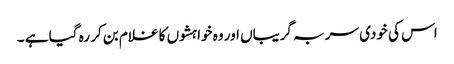
اس کی خودی سر بہ گریباں اور وہ خواہشوں کا غلام بن کر رہ گیا ہے ۔